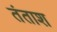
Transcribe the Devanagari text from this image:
तंताश